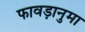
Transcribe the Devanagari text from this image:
फावड़ानुमा